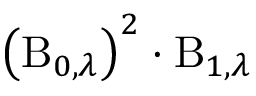
\left( \operatorname { B } _ { 0 , \lambda } \right) ^ { 2 } \cdot \operatorname { B } _ { 1 , \lambda }